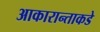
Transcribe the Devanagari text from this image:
आकारान्ताकडे